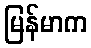
မြန်မာက